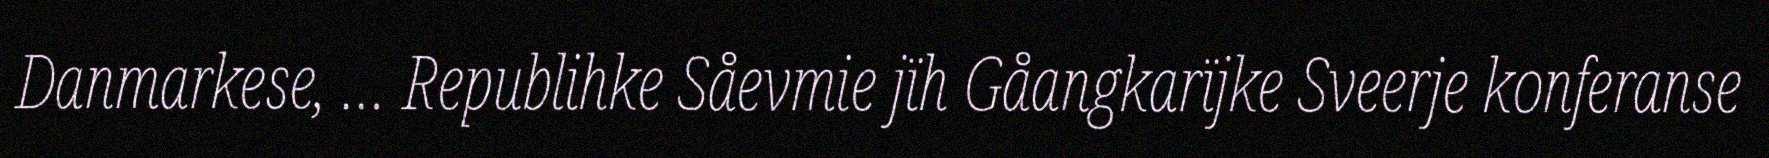
Danmarkese, … Republihke Såevmie jïh Gåangkarïjke Sveerje konferanse